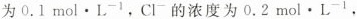
为0.1mol·L^{-1}，Cl^{-1}的浓度为0.2mol·L^{-1}，